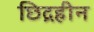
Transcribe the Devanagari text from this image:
छिद्रहीन